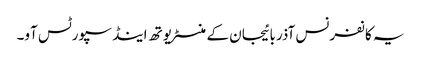
یہ کانفرنس آذربائیجان کے منسٹر یوتھ اینڈ سپورٹس آو۔